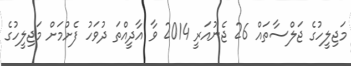
މަޖިލީހުގެ ޖަލްސާތައް 26 ޖެނުއަރީ 2014 ވާ އާދީއްތަ ދުވަހު ފެށުމަށް މަޖިލީހުގެ